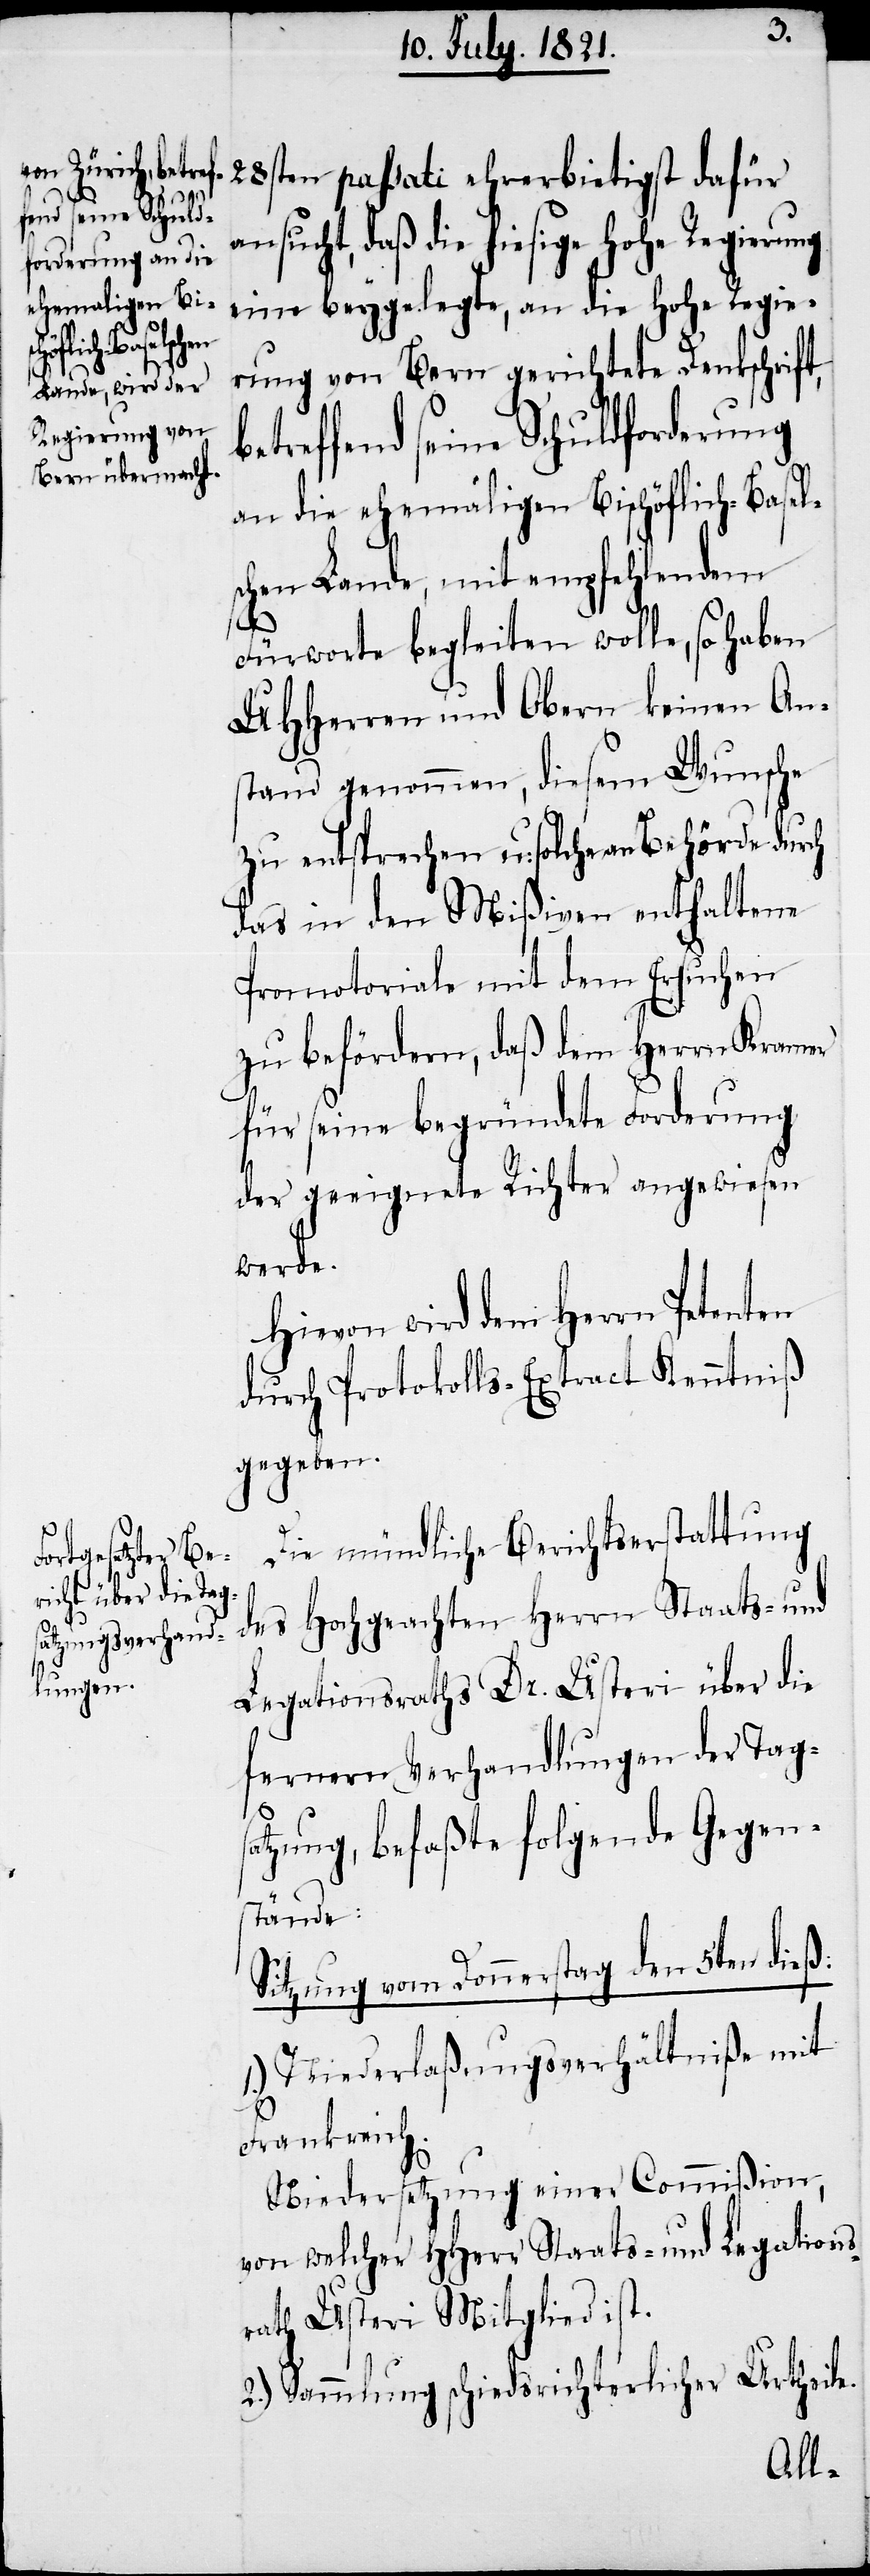
28sten passati ehrerbietig dafür
ansucht, daß die hiesige hohe Regierung
eine beygelegte, an die hohe Regie¬
rung von Bern gerichtete Denkschrift,
treffend seine Schuldforderung
an die ehemaligen Bischöflich-Basel¬
schen Lande, mit empfehlendem
Fürworte begleiten wolle, so haben
UHHerren und Obern keinen Ans¬
tand genommen, diesem Wunsche
zu entsprechen, u: solche an Behörde durch
das in den Mißiven enthaltene
Promotoriale mit dem Ersuchen
zu befördern, daß dem Herrn Kramer
für seine begründete Forderung
der geeignete Richter angewiesen
werde.
Hievon wird dem Herrn Petenten
durch Protokolls-Extract Kenntniß
gegeben.
Die mündliche Berichtserstattung
des Hochgeachten Herrn Staats- und
Legationsraths Dr. Usteri über die
fernern Verhandlungen der Tags¬
atzung, befaßte folgende Gegen¬
stände:
Sitzung vom Donnerstag den 5ten dieß:
Niederlaßungsverhältniße mit
be¬
Frankreich.
Niedersetzung einer Commißion,
von welcher HHerr Staats- und Legations¬
rath Usteri Mitglied ist.
2.) Sammlung schiedsrichterlicher Urtheile.